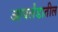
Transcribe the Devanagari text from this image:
आयर्लंडातील